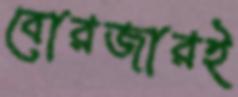
বোরজারই